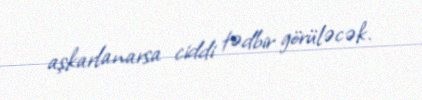
aşkarlanarsa ciddi tədbir görüləcək.